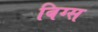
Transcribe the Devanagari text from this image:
बिग्स